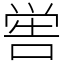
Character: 喾